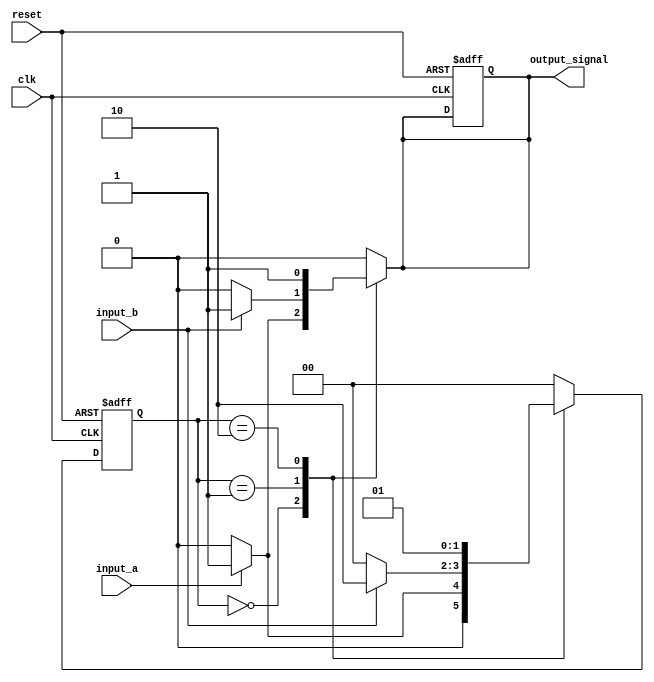
module MealyStateMachine (
    input wire clk,              // Clock signal
    input wire reset,            // Asynchronous reset
    input wire input_a,          // Input signal A
    input wire input_b,          // Input signal B
    output reg output_signal      // Output signal
);

// Define states using local parameters (can also use parameters or `define)
localparam STATE_0 = 2'b00;
localparam STATE_1 = 2'b01;
localparam STATE_2 = 2'b10;

// State and next state registers
reg [1:0] current_state, next_state;

// State transition logic
always @(*) begin
    case (current_state)
        STATE_0: begin
            if (input_a) begin
                next_state = STATE_1;
                output_signal = 1'b1;  // Conditional output based on input_a
            end else begin
                next_state = STATE_0;
                output_signal = 1'b0;  // Remain in STATE_0
            end
        end

        STATE_1: begin
            if (input_b) begin
                next_state = STATE_2;
                output_signal = 1'b1;  // Conditional output based on input_b
            end else begin
                next_state = STATE_0;  // Transition back to STATE_0
                output_signal = 1'b0;  // Reset output
            end
        end

        STATE_2: begin
            next_state = STATE_1;      // Transition to STATE_1 unconditionally
            output_signal = 1'b1;      // Output signal active
        end

        default: begin
            next_state = STATE_0;      // Default state
            output_signal = 1'b0;      // Default output
        end
    endcase
end

// State memory - sequential logic
always @(posedge clk or posedge reset) begin
    if (reset) begin
        current_state <= STATE_0; // Reset to initial state
        output_signal <= 1'b0;     // Reset the output signal
    end else begin
        current_state <= next_state; // Update current state
    end
end

endmodule